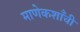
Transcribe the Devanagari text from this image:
माणेकशाँची